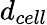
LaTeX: d_{cell}